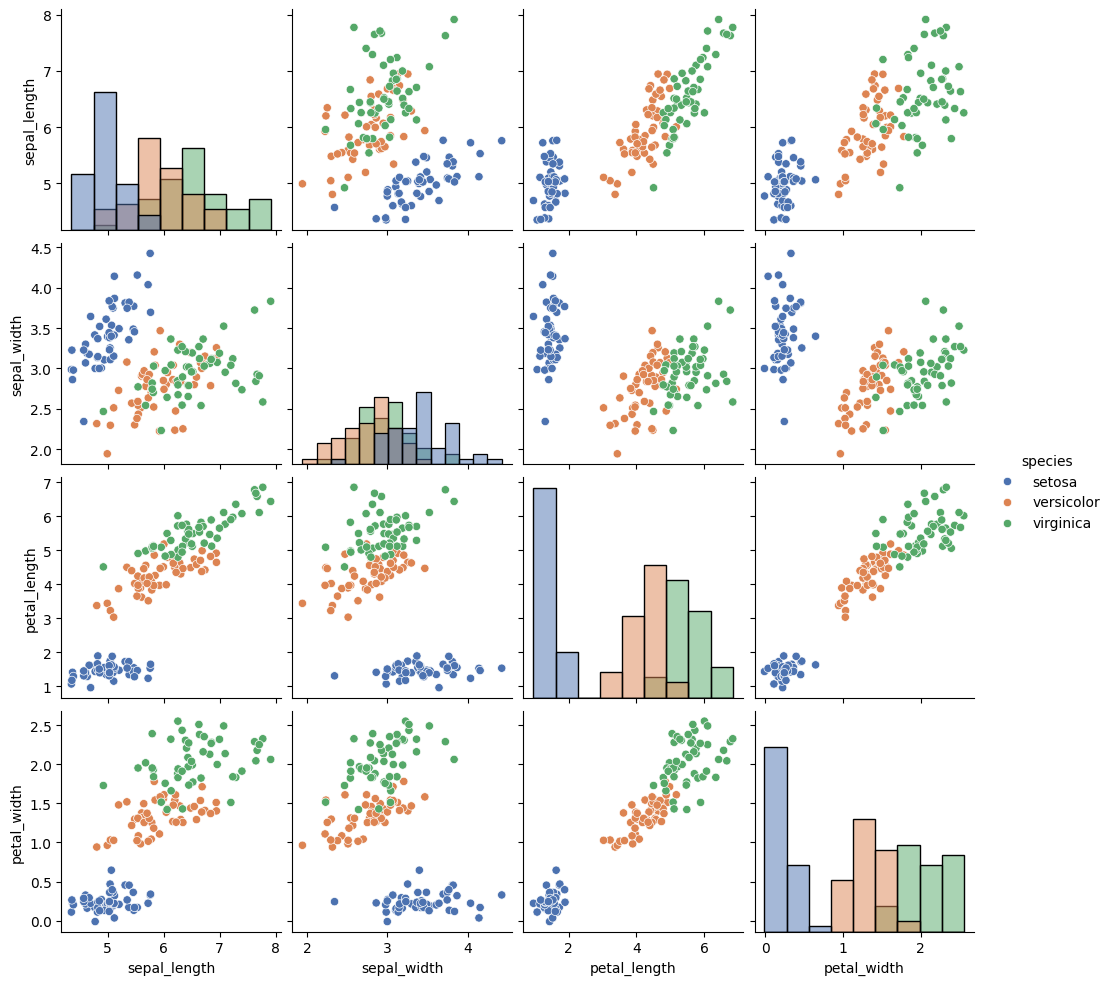
python, seaborn, pairplot, palette='deep', markers=['o'], kind='scatter', diag_kind='hist'